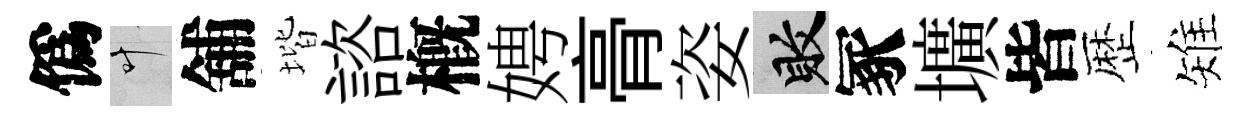
僞叶舖堦諮槪娉𮌔姿敗冢壙皆歴雉